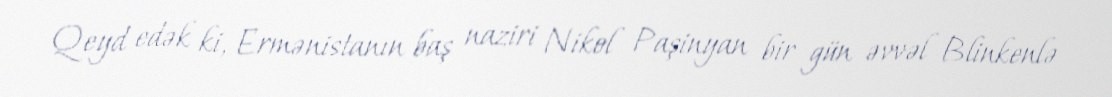
Qeyd edək ki, Ermənistanın baş naziri Nikol Paşinyan bir gün əvvəl Blinkenlə